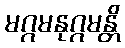
မဂ္ဂမနုဂ္ဂမန္တိ